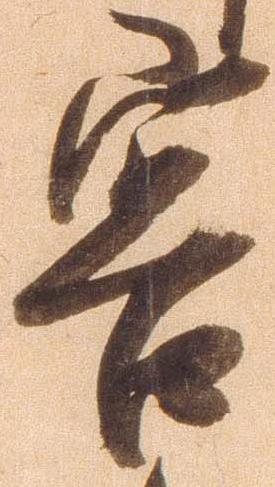
容